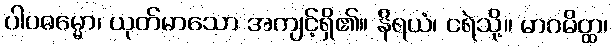
ပါပဓမ္မော၊ ယုတ်မာသော အကျင့်ရှိ၏။ နိရယံ၊ ငရဲသို့။ မာဂမိတ္ထ၊